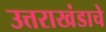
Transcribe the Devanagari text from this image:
उत्तराखंडाचे